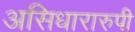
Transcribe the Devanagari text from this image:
असिधारारुपी